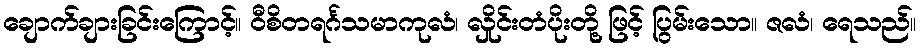
ချောက်ချားခြင်းကြောင့်။ ဝီစိတရင်္ဂသမာကုလံ၊ လှိုင်းတံပိုးတို့ ဖြင့် ပြွမ်းသော။ ဇလံ၊ ရေသည်။